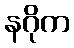
နဂိုက